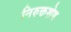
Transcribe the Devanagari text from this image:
निरुक्तशेष